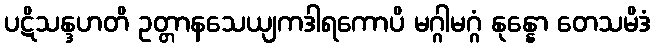
ပဋိသန္ဒဟတိ ဥတ္တာနသေယျကဒါရကောပိ မဂ္ဂါမဂ္ဂံ နုန္နော တေသမိဒံ